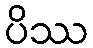
ပိဿ